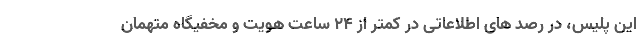
این پلیس، در رصد های اطلاعاتی در کمتر از ۲۴ ساعت هویت و مخفیگاه متهمان